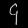
Digit: ၄